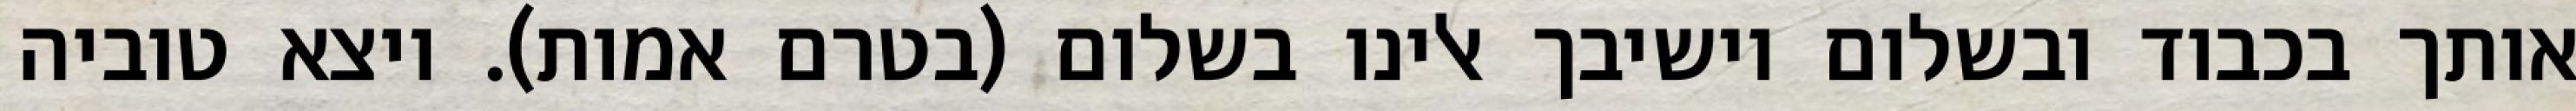
אותך בכבוד ובשלום וישיבך אלינו בשלום (בטרם אמות). ויצא טוביה